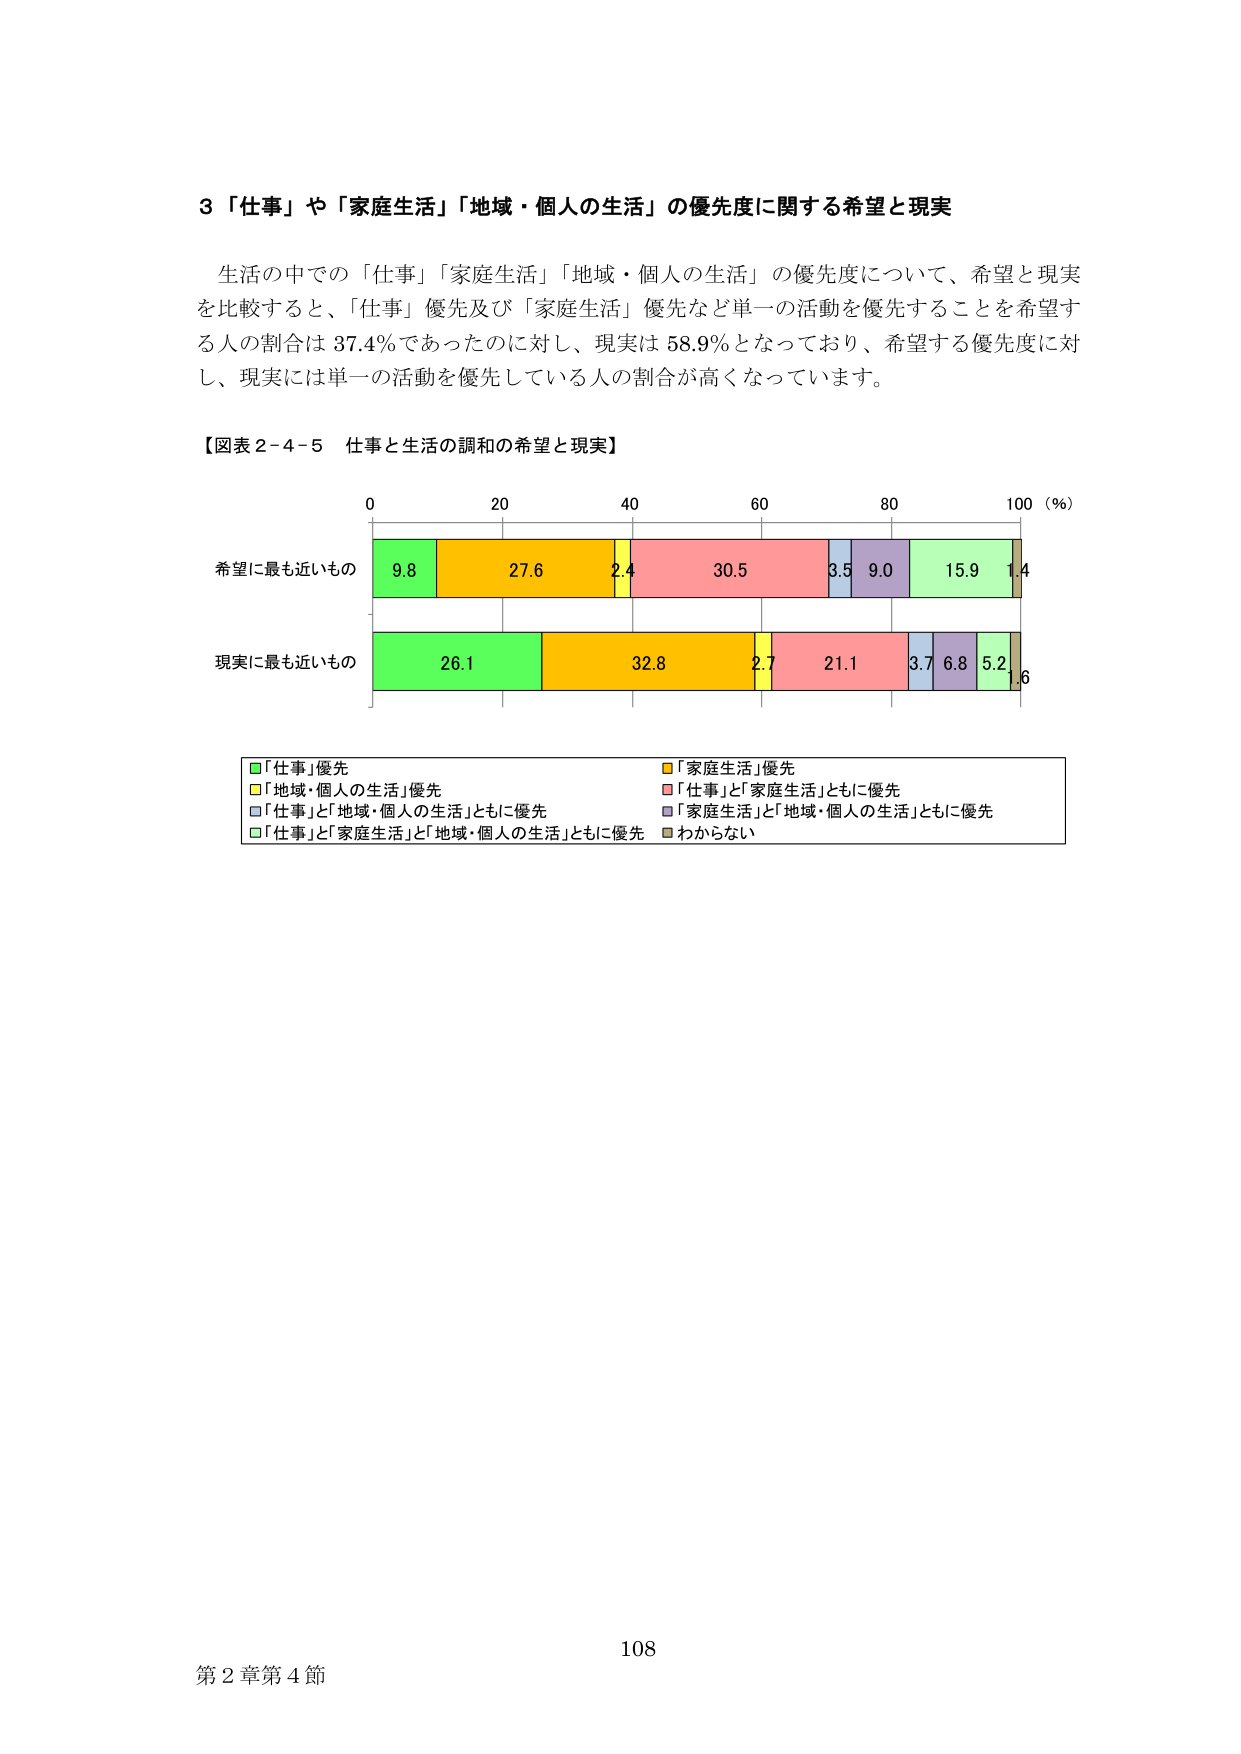
3「仕事」や「家庭生活」「地域・個人の生活」の優先度に関する希望と現実

生活の中での「仕事」「家庭生活」「地域・個人の生活」の優先度について、希望と現実を比較すると、「仕事」優先及び「家庭生活」優先など単一の活動を優先することを希望する人の割合は37.4％であったのに対し、現実は58.9％となっており、希望する優先度に対し、現実には単一の活動を優先している人の割合が高くなっています。

【図表2-4-5 仕事と生活の調和の希望と現実】

0 20 40 60 80 100（％）

希望に最も近いもの
9.8 27.6 2.4 30.5 3.5 9.0 15.9 1.4

現実に最も近いもの
26.1 32.8 2.7 21.1 3.7 6.8 5.2 1.6

■「仕事」優先
■「家庭生活」優先
■「地域・個人の生活」優先
■「仕事」と「家庭生活」ともに優先
■「仕事」と「地域・個人の生活」ともに優先
■「家庭生活」と「地域・個人の生活」ともに優先
■「仕事」と「家庭生活」と「地域・個人の生活」ともに優先
■わからない

108
第2章第4節